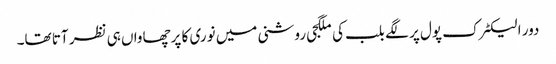
دور الیکٹرک پول پر لگے بلب کی ملگجی روشنی میں نوری کا پرچھاواں ہی نظر آتا تھا۔